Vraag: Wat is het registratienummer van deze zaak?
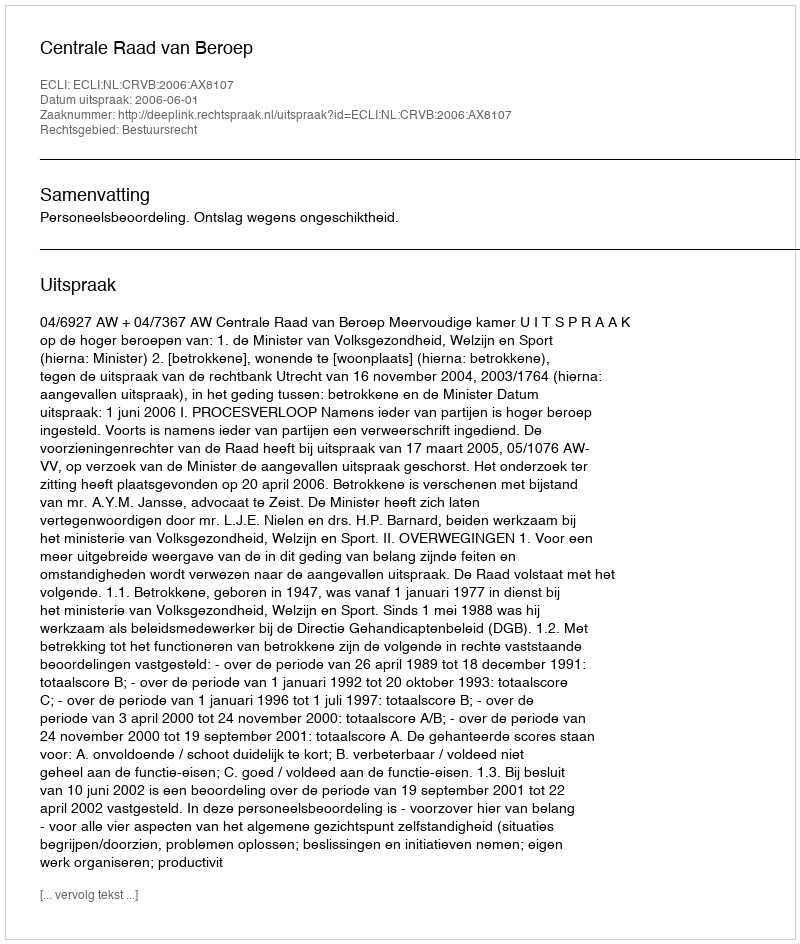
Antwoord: http://deeplink.rechtspraak.nl/uitspraak?id=ECLI:NL:CRVB:2006:AX8107